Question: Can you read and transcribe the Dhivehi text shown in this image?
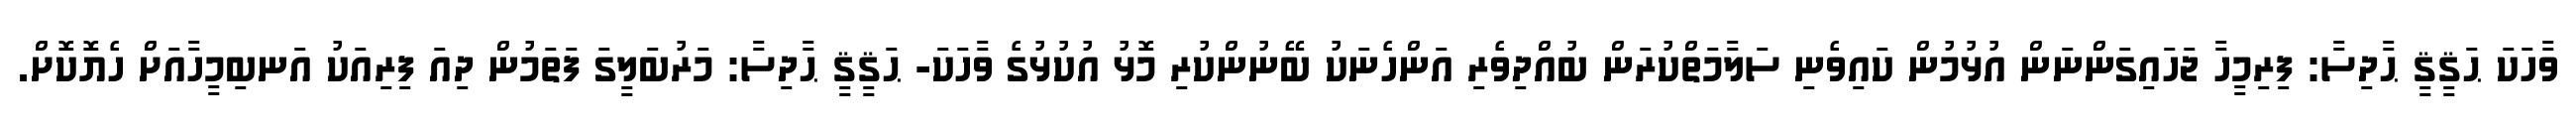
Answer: ވާހަކަ ޙަޤީޤީ ޙާދިސާ: ފިރިމީހާ ޖަހައިގަންނަން އުޅުމުން ކައިވެނި ސަލާމަތްކުރަން ބުއްދިވެރި އަންހެނަކު ބޭނުންކުރި މޮޅު އުކުޅުގެ ވާހަކަ- ޙަޤީޤީ ޙާދިސާ: މަރުބަލީގަ ފަތަމުން ދިއަ ފިރިއަކު އަނބިމީހާއަށް ހެޔޮކޮށް.